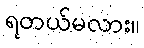
ရတယ်မလား။